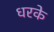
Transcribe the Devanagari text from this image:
धरके